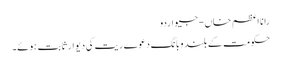
رانا اعظم خاں - جیو اردو
حکومت کے بلند وبانگ دعوے ریت کی دیوار ثابت ہوئے۔